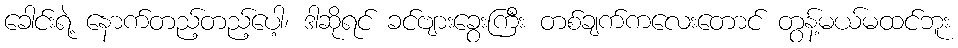
ခေါင်းရဲ့ နောက်တည့်တည့်ပေါ့၊ ဒါဆိုရင် ခင်ဗျားခွေးကြီး တစ်ချက်ကလေးတောင် တွန့်မယ်မထင်ဘူး